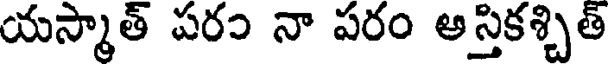
యస్మాత్ పరం నా పరం అస్తికశ్చిత్